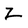
Character: Z